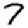
Digit: 7